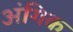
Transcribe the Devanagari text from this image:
अंगिक